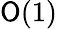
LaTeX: {\cal\mathsf{O}}(1)